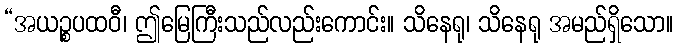
“အယဉ္စပထဝီ၊ ဤမြေကြီးသည်လည်းကောင်း။ သိနေရု၊ သိနေရု အမည်ရှိသော။